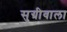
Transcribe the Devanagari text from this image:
सुग्रीवाला